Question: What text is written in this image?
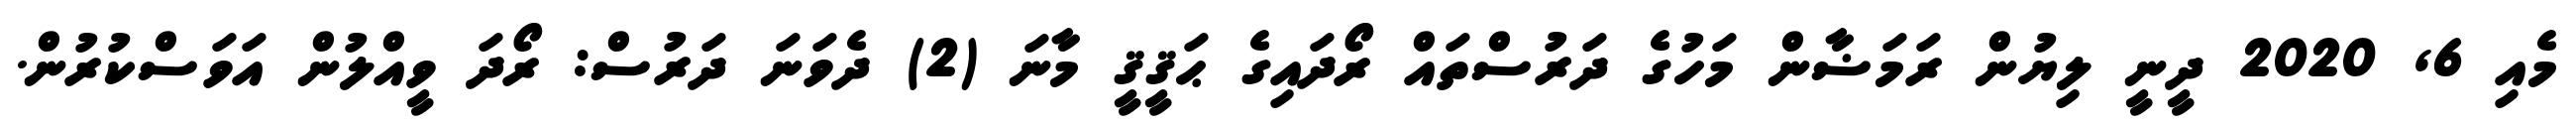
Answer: މެއި 6, 2020 ދީނީ ލިޔުން ރަމަޟާން މަހުގެ ދަރުސްތައް ރޯދައިގެ ޙަޤީޤީ މާނަ (2) ދެވަނަ ދަރުސް: ރޯދަ ވީއްލުން އަވަސްކުރުން.